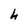
Character: h